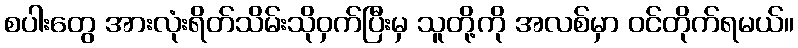
စပါးတွေ အားလုံးရိတ်သိမ်းသိုဝှက်ပြီးမှ သူတို့ကို အလစ်မှာ ဝင်တိုက်ရမယ်။